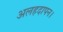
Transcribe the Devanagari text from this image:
अलहदापन।